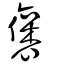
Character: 襃